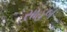
સાહબ